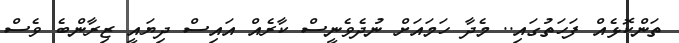
ތަންކޮޅެއް ފަހަތުގައި.. މެދާ ހަމައަށް ނުދެވެނީސް ކާރެއް އައިސް ދިޔައީ ޒިރާންބެ ވެސް